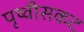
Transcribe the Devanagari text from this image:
पृथ्वीसकट